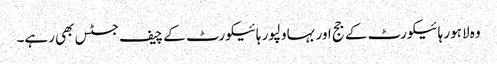
وہ لاہور ہائیکورٹ کے جج اور بہاولپور ہائیکورٹ کے چیف جسٹس بھی رہے۔